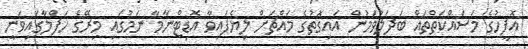
އޮފީހުގެ މަސައްކަތްތައް ބަދަލުވަމުން އައިގޮތުގެ މައްޗަށް ލިޔެފައިވާ އޮޑިޓްނާމާ ނަމުގައި މިރޭގެ ހަފްލާގައިވަނީ